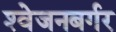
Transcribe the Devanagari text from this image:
श्‍वेजनबर्गर